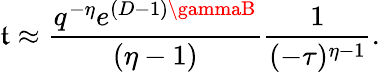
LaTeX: \mathfrak{t}\approx\frac{{q^{-\eta}e^{(D-1)\gammaB}}}{{(\eta-1)}}\frac{{1}}{{(-\tau)^{\eta-1}}}.